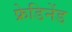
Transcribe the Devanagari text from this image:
फ्रेडिनेंड